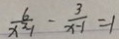
\frac { 6 } { x ^ { 2 } - 1 } - \frac { 3 } { x - 1 } = 1